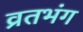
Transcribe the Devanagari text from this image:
व्रतभंग